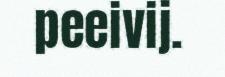
peeivij.